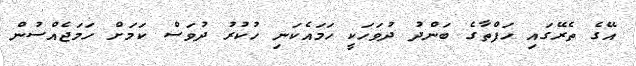
އޭގެ ތެރޭގައި ހަފްތާގެ ބަންދު ދުވަހަކީ ހަމައެކަނި ހުކުރު ދުވަސް ކަމަށް ހަމަޖެއްސުން